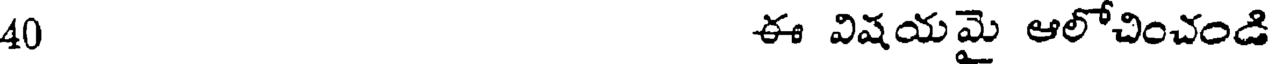
40 ఈ విషయమై ఆలోచించండి